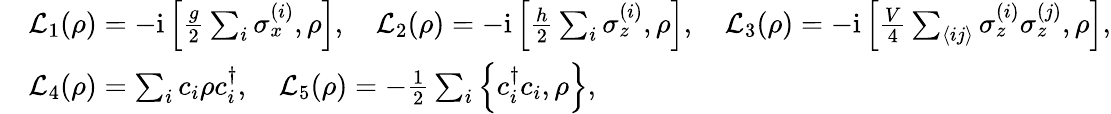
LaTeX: \begin{array}{rl}&{\mathcal{L}_{1}({\rho})=-\mathrm{i}\left[\frac{g}{2}\sum_{i}\sigma_{x}^{(i)},{\rho}\right],\quad\mathcal{L}_{2}({\rho})=-\mathrm{i}\left[\frac{h}{2}\sum_{i}\sigma_{z}^{(i)},{\rho}\right],\quad\mathcal{L}_{3}({\rho})=-\mathrm{i}\left[\frac{V}{4}\sum_{\langle ij\rangle}\sigma_{z}^{(i)}\sigma_{z}^{(j)},{\rho}\right],}\\ &{\mathcal{L}_{4}({\rho})=\sum_{i}{c}_{i}{\rho}{c}_{i}^{\dagger},\quad\mathcal{L}_{5}({\rho})=-\frac{1}{2}\sum_{i}\left\{ {c}_{i}^{\dagger}{c}_{i},{\rho}\right\} ,}\end{array}